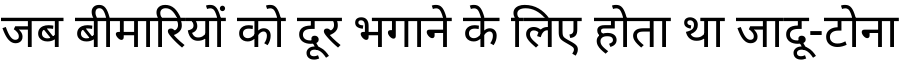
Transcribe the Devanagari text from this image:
जब बीमारियों को दूर भगाने के लिए होता था जादू-टोना